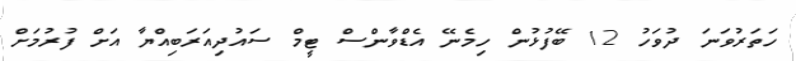
ހަތަރުވަނަ ދުވަހު 12 ބޭފުޅުން ހިމެނޭ އެޑްވާންސް ޓީމް ސައުދިއަރަބިއްޔާ އަށް ފުރުމަށް